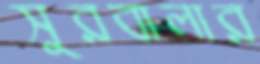
সুরবালার